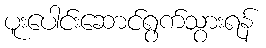
ပူးပေါင်းဆောင်ရွက်သွားရန်